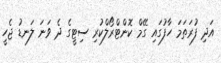
އަދި ފުރަތަމަ ހާފުގައި ގޭމް ކޮންޓްރޯލްކުރި ސިޓީގެ ދެ ވަނަ ލަނޑު ޖެހީ